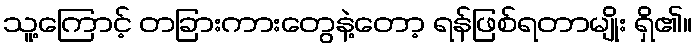
သူ့ကြောင့် တခြားကားတွေနဲ့တော့ ရန်ဖြစ်ရတာမျိုး ရှိ၏။